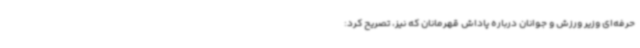
حرفه‌ای وزیر ورزش و جوانان درباره پاداش قهرمانان که نیز، تصریح کرد: